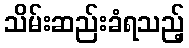
သိမ်းဆည်းခံရသည့်